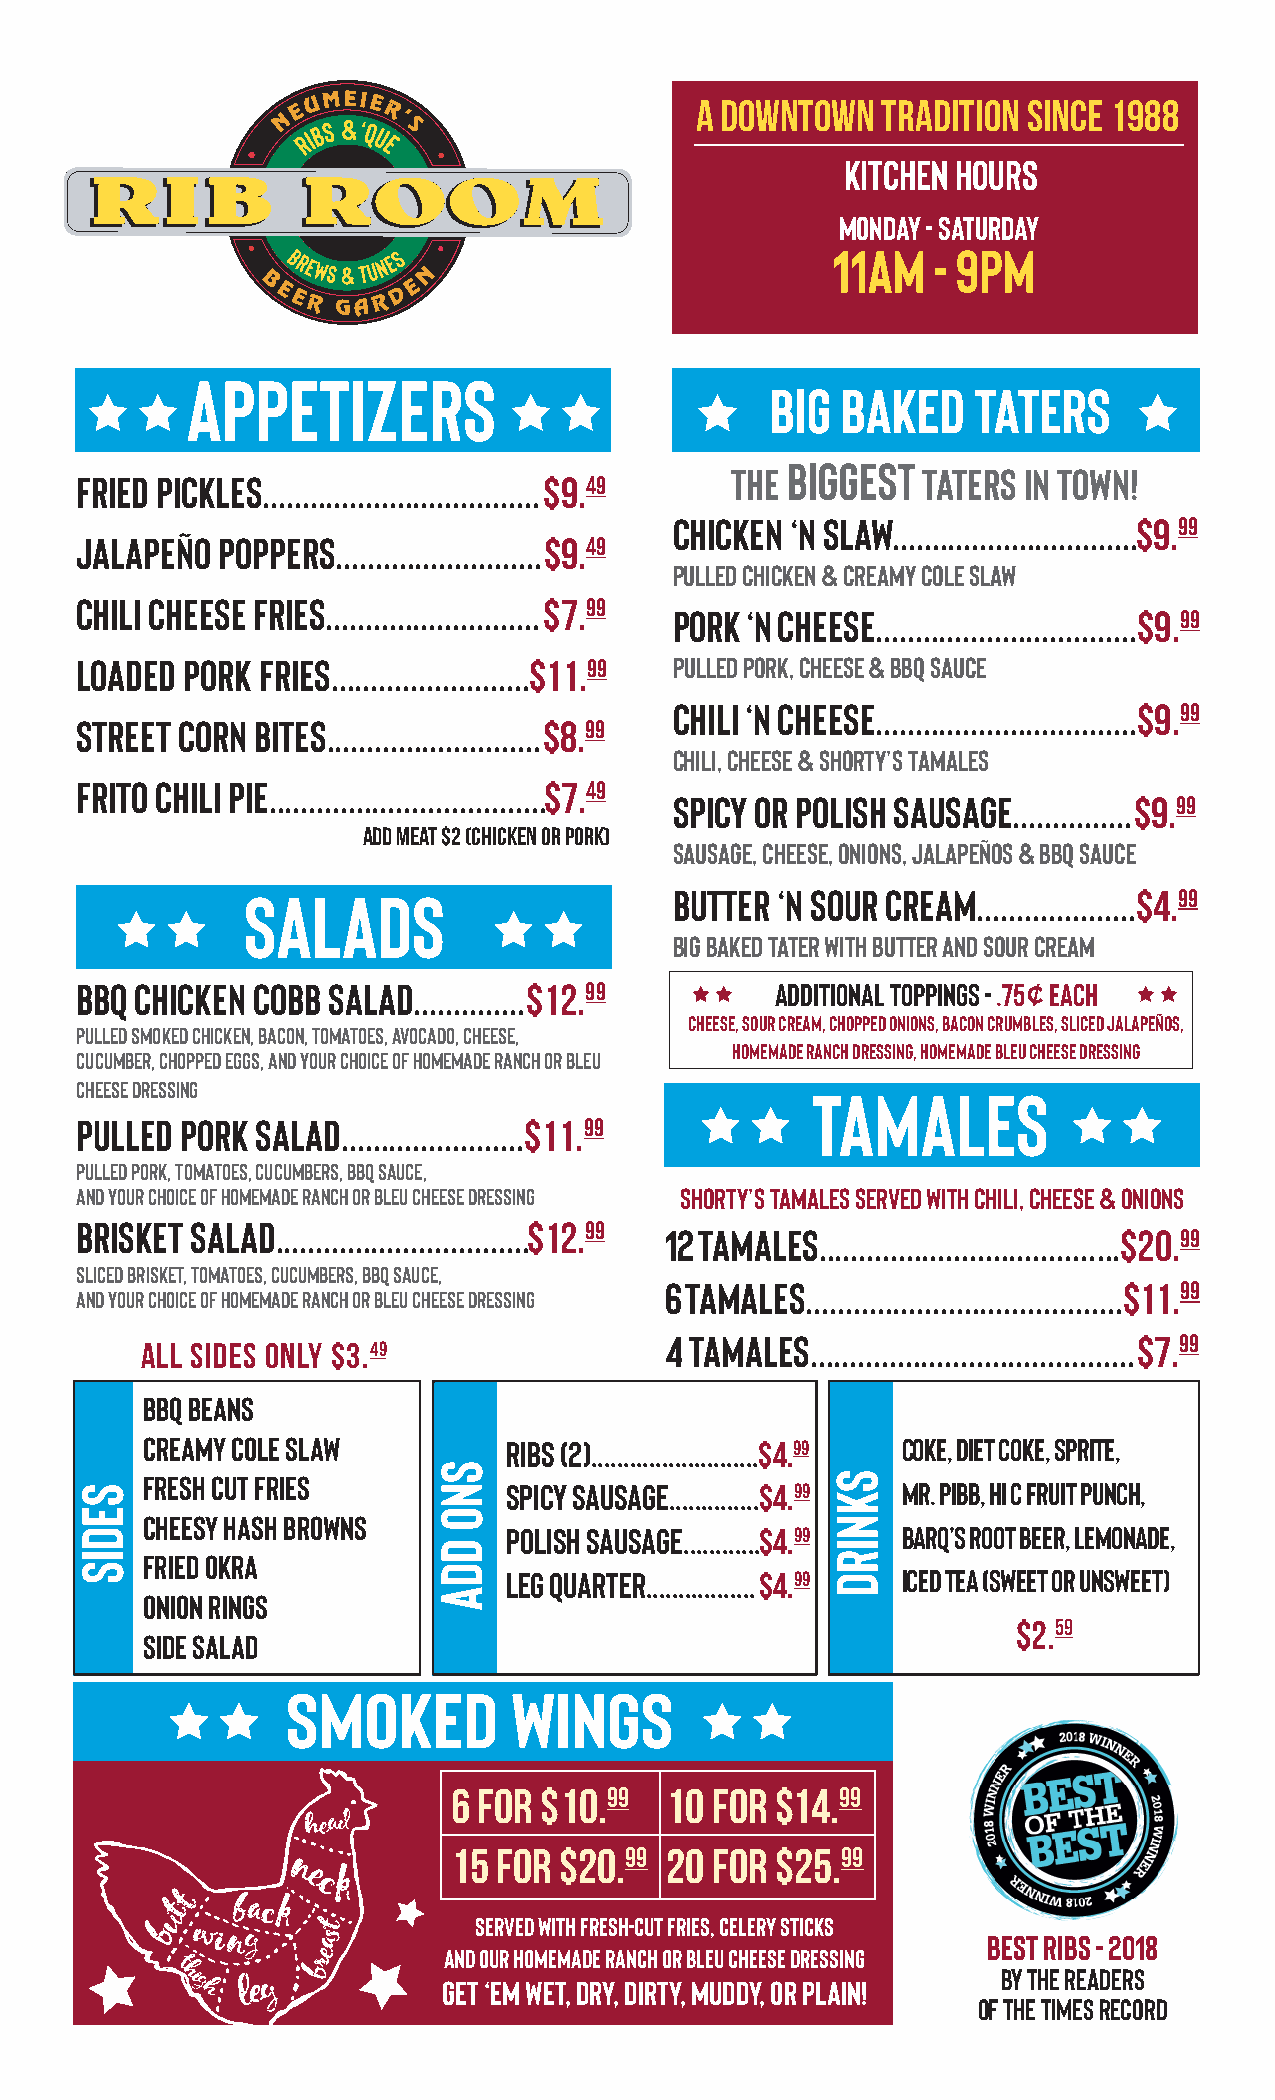
A downtown  tradition since 1988
 KITCHEN hours
 Monday - SaturDAY
 11AM   - 9pm
 appetizers
 big  baked   taters
 biggest
 The          taters in town!
 fried pickles...................................$9.49
 Chicken ‘n slaw...............................$9.99
 jalapeño poppers..........................$9.49
 pulled chicken & creamy cole slaw
 Chili Cheese Fries...........................$7.99
 pork ‘n cheese.................................$9.99
 Loaded Pork Fries.........................$11.99 pulled pork, cheese & bbq sauce
 chili ‘n cheese.................................$9.99
 Street Corn Bites...........................$8.99
 chili, cheese & shorty’s tamales
 Frito Chili Pie...................................$7.49
 Spicy or Polish Sausage...............$9.99
 Add Meat $2 (chicken or pork)
 Sausage, cheese, onions, jalapeños & BBQ Sauce
 salads                       Butter ‘n sour cream....................$4.99
 Big baked Tater with Butter and Sour Cream
 BBQ Chicken Cobb Salad..............$12.99    Additional Toppings - .75¢ each
 Cheese, Sour Cream, Chopped Onions, Bacon Crumbles, Sliced Jalapeños,
 pulled smoked chicken, Bacon, tomatoes, avocado, cheese,
 Homemade Ranch Dressing, Homemade Bleu Cheese Dressing
 cucumber, chopped eggs, and your choice of homemade ranch or bleu
 cheese dressing
 tamales
 Pulled Pork salad.......................$11.99
 pulled pork, tomatoes, cucumbers, bbq sauce,
 and your choice of homemade ranch or bleu cheese dressing shorty’s tamales served with Chili, cheese & onions
 Brisket salad................................$12.99
 12 tamales......................................$20.99
 Sliced Brisket, tomatoes, cucumbers, BBq Sauce,
 6 tamales........................................$11.99
 and your choice of homemade ranch or bleu cheese dressing
 4 tamales.........................................$7.99
 All sides only $3.49
 BBQ Beans
 Creamy Cole Slaw         Ribs (2)..........................$4.99 Coke, Diet Coke, Sprite,
 Fresh Cut Fries          Spicy Sausage..............$4.99 Mr. Pibb, Hi C Fruit Punch,
 Cheesy Hash Browns
 Polish sausage............$4.99 Barq’s Root Beer, Lemonade,
 Fried Okra
 Leg Quarter.................$4.99 Iced Tea (Sweet or Unsweet)
 Onion Rings
 $2.59
 Side Salad
 Smoked         Wings
 6 for $10.99  10 for $14.99
 15 for $20.99 20 for $25.99
 Served with fresh-cut fries, celery sticks
 Best ribs - 2018
 and our homemade ranch or blEU cheese dressing
 by the readers
 Get ‘em wet, dry, DIRTY, MUDDY, or plain!
 of the times record
 SEDIS
 sno
 dda
 sknirD